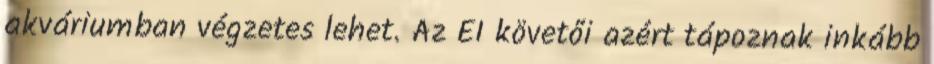
akváriumban végzetes lehet. Az EI követői azért tápoznak inkább